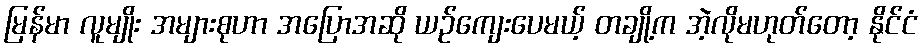
မြန်မာ လူမျိုး အများစုဟာ အပြောအဆို ယဉ်ကျေးပေမယ့် တချို့က အဲ့လိုမဟုတ်တော့ နိုင်ငံ